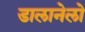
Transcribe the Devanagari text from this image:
डालानेलो